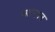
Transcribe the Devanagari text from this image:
अलगपन